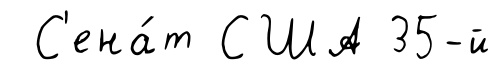
С'ена́т США 35-й